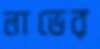
লাভের